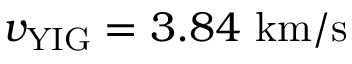
v _ { \mathrm { Y I G } } = 3 . 8 4 ~ \mathrm { k m / s }